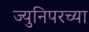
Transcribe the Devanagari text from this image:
ज्युनिपरच्या